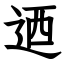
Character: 迺